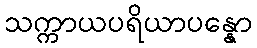
သက္ကာယပရိယာပန္နော